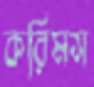
করিমস